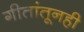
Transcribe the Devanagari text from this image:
गीतांतूनही